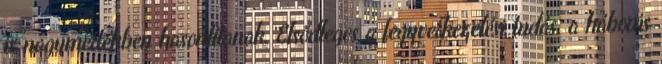
is nagymértékben hasonlítanak. Elsődleges a fegyverkezelési tudás, a háborús